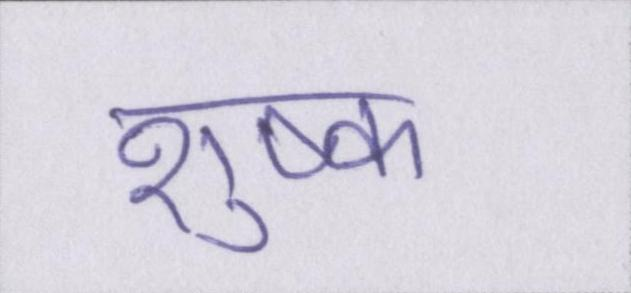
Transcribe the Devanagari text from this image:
शुष्क